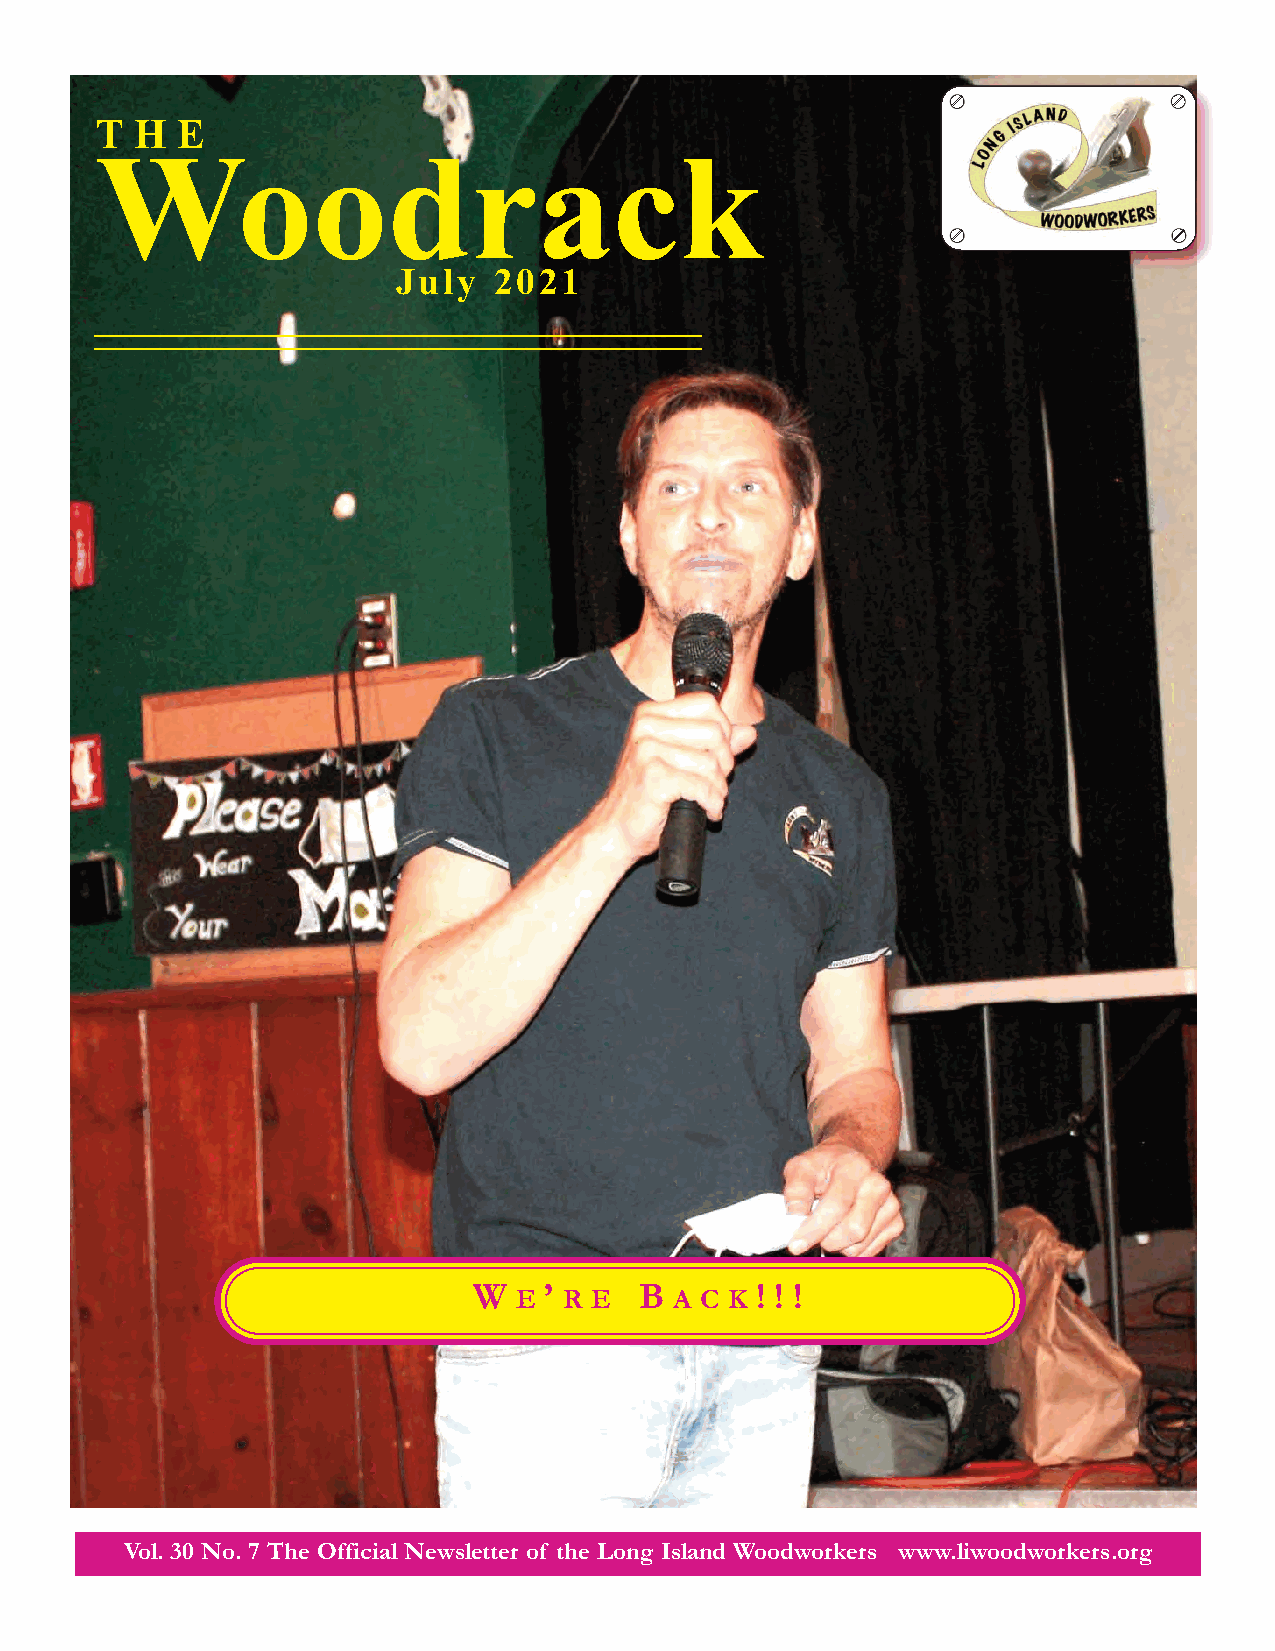
WT H  E   oodrack
 July   2021
 W    ’     B       ! ! !
 E  R E     A C K
 Vol. 30 No. 7 The Official Newsletter of the Long Island Woodworkers www.liwoodworkers.org